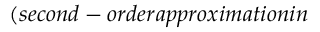
( s e c o n d - o r d e r a p p r o x i m a t i o n i n